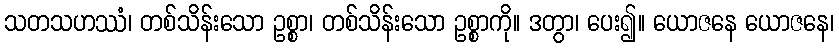
သတသဟဿံ၊ တစ်သိန်းသော ဥစ္စာ၊ တစ်သိန်းသော ဥစ္စာကို။ ဒတွာ၊ ပေး၍။ ယောဇနေ ယောဇနေ၊